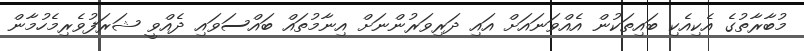
މުބާރާތުގެ އެކިއެކި ބައިތަކުން އެއްވަނައަށް އައި ދަރިވަރުންނަށް އިނާމުތައް ބައްސަވައި ދެއްވީ ޝަރަފުވެރިމެހުމާން